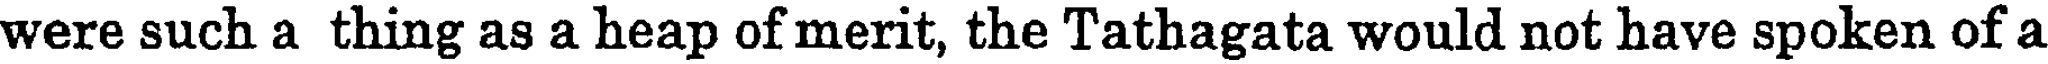
were such a thing as a heap of merit, the Tathagata would not have spoken of a